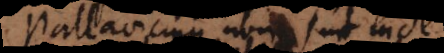
Pallavicinus non sunt inde